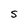
Character: S